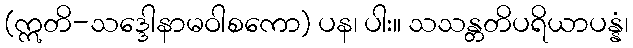
(ဣတိ-သဒ္ဒေါနာမဝါစကော) ပန၊ ပါး။ သသန္တတိပရိယာပန္နံ၊